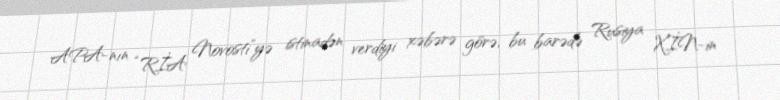
APA-nın “RİA Novosti”yə istinadən verdiyi xəbərə görə, bu barədə Rusiya XİN-in